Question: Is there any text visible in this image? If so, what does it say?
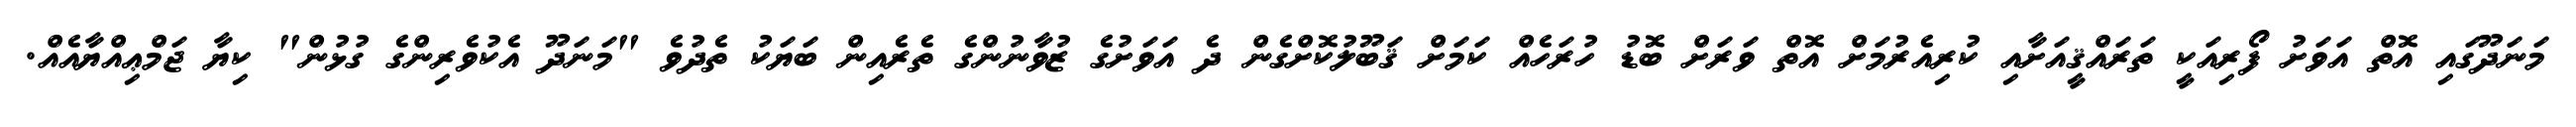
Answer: މަނަދޫގައި އޮތް އަވަށު ފޯރިއަކީ ތަރައްޤީއަށާއި ކުރިއެރުމަށް އޮތް ވަރަށް ބޮޑު ހުރަހެއް ކަމަށް ޤަބޫލުކޮށްގެން ދެ އަވަށުގެ ޒުވާނުންގެ ތެރެއިން ބަޔަކު ތެދުވެ "މަނަދޫ އެކުވެރިންގެ ގުޅުން" ކިޔާ ޖަމްޢިއްޔާއެއް.